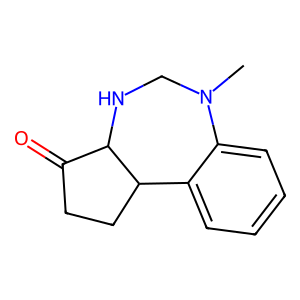
SMILES: CN1CNC2C(=O)CCC2c2ccccc21
Inhibits HIV replication: No